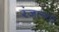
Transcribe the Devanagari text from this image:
रंजल्या